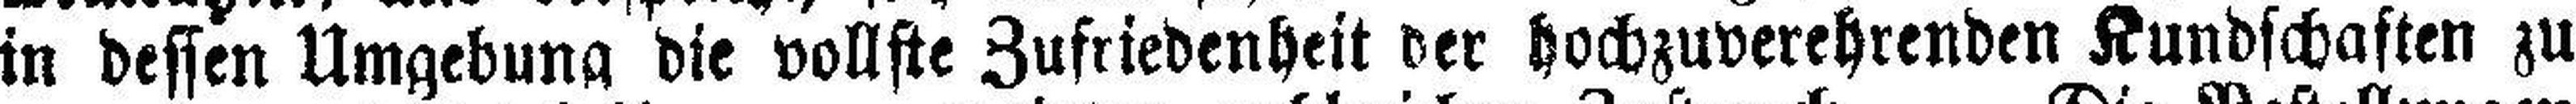
in dessen Umgebung die vollste Zufriedenheit der hochzuverehrenden Kundschaften zu